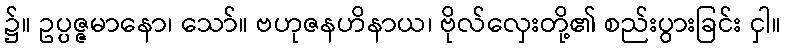
၌။ ဥပ္ပဇ္ဇမာနော၊ သော်။ ဗဟုဇနဟိနာယ၊ ဗိုလ်လှေးတို့၏ စည်းပွားခြင်း ငှါ။